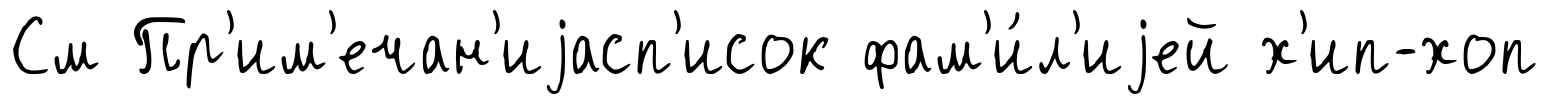
См Пр'им'ечан'иjасп'исок фам'и́л'иjей х'ип-хоп